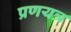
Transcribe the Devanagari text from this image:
प्रणयत्र